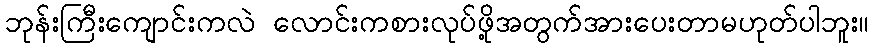
ဘုန်းကြီးကျောင်းကလဲ လောင်းကစားလုပ်ဖို့အတွက်အားပေးတာမဟုတ်ပါဘူး။